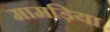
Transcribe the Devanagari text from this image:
मामड़िया